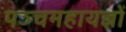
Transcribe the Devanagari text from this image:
पञ्चमहायज्ञों